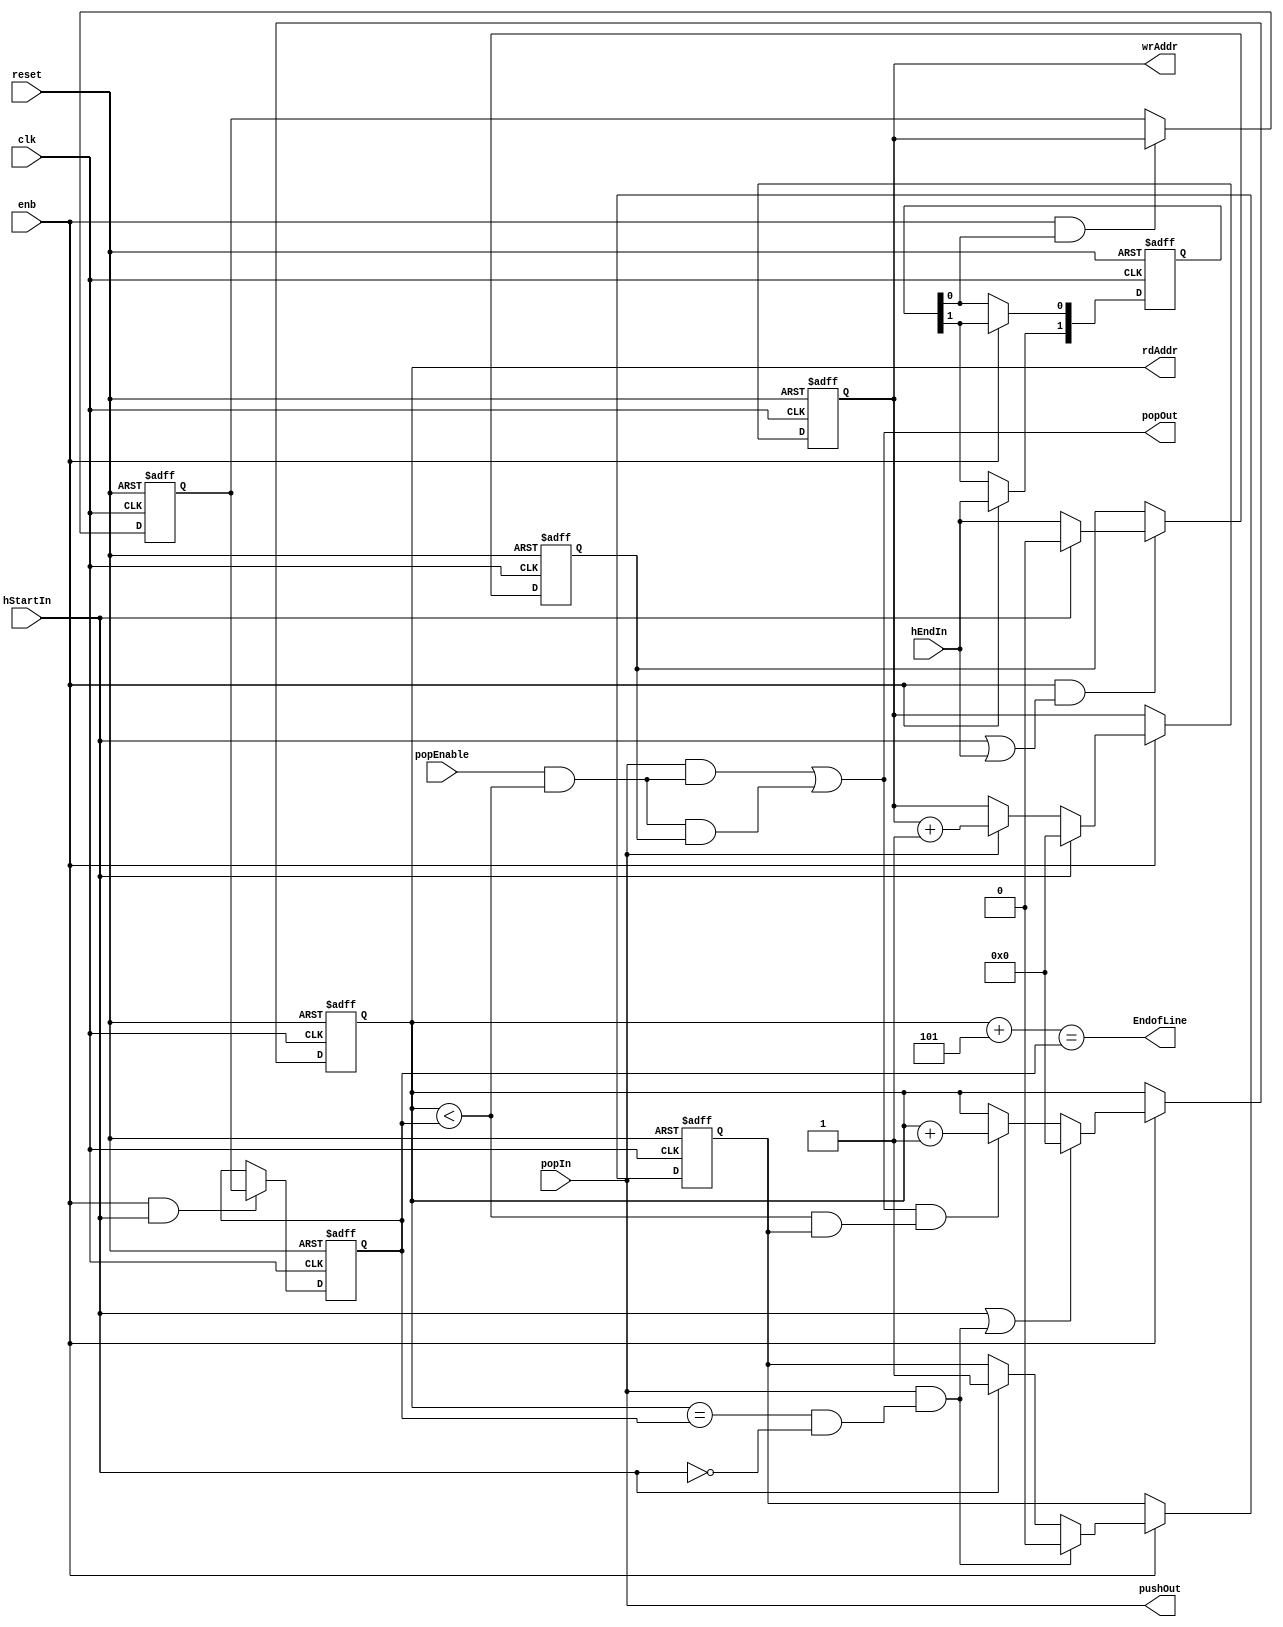
// -------------------------------------------------------------
// 
// 
// Generated by MATLAB 9.13 and HDL Coder 4.0
// 
// -------------------------------------------------------------


// -------------------------------------------------------------
// 
// Module: PushPopCounterOne_block
// Source Path: BlobAnalysisHDL/BlobDetector/CCA_Algorithm/Closing/LineBuffer/DATA_MEMORY/PushPopCounterOne
// Hierarchy Level: 5
// 
// -------------------------------------------------------------

`timescale 1 ns / 1 ns

module PushPopCounterOne_block
          (clk,
           reset,
           enb,
           hStartIn,
           popIn,
           popEnable,
           hEndIn,
           wrAddr,
           pushOut,
           rdAddr,
           popOut,
           EndofLine);


  input   clk;
  input   reset;
  input   enb;
  input   hStartIn;
  input   popIn;
  input   popEnable;
  input   hEndIn;
  output  [10:0] wrAddr;  // ufix11
  output  pushOut;
  output  [10:0] rdAddr;  // ufix11
  output  popOut;
  output  EndofLine;


  reg [10:0] writeCount;  // ufix11
  reg  [0:1] intdelay_reg;  // ufix1 [2]
  wire [0:1] intdelay_reg_next;  // ufix1 [2]
  wire writeStoreEn;
  reg [10:0] writeCountNext;  // ufix11
  reg [10:0] writeCountCurrent;  // ufix11
  wire readReset;
  wire InBetweenEn;
  wire ConstantZero;
  wire InBetweenRegIn;
  reg  InBetween;
  wire readCountCompare;
  wire popTerm2;
  wire relop_relop1;
  wire popTerm1;
  wire popCounter;
  wire readReset_1;
  reg  readPop;
  reg [10:0] readCount;  // ufix11
  wire popcountless;
  wire relop_relop1_1;
  wire startOrEnd;
  wire [10:0] constantTwo;  // ufix11
  wire [10:0] readCountAhead;  // ufix11
  wire relop_relop1_2;


  // Free running, Unsigned Counter
  //  initial value   = 0
  //  step value      = 1
  always @(posedge clk or posedge reset)
    begin : Write_Count_process
      if (reset == 1'b1) begin
        writeCount <= 11'b00000000000;
      end
      else begin
        if (enb) begin
          if (hStartIn == 1'b1) begin
            writeCount <= 11'b00000000000;
          end
          else if (popIn == 1'b1) begin
            writeCount <= writeCount + 11'b00000000001;
          end
        end
      end
    end



  assign wrAddr = writeCount;

  assign pushOut = popIn;

  always @(posedge clk or posedge reset)
    begin : intdelay_process
      if (reset == 1'b1) begin
        intdelay_reg[0] <= 1'b0;
        intdelay_reg[1] <= 1'b0;
      end
      else begin
        if (enb) begin
          intdelay_reg[0] <= intdelay_reg_next[0];
          intdelay_reg[1] <= intdelay_reg_next[1];
        end
      end
    end

  assign writeStoreEn = intdelay_reg[1];
  assign intdelay_reg_next[0] = hEndIn;
  assign intdelay_reg_next[1] = intdelay_reg[0];



  always @(posedge clk or posedge reset)
    begin : reg_rsvd_process
      if (reset == 1'b1) begin
        writeCountNext <= 11'b00000000000;
      end
      else begin
        if (enb && writeStoreEn) begin
          writeCountNext <= writeCount;
        end
      end
    end



  always @(posedge clk or posedge reset)
    begin : reg_rsvd_1_process
      if (reset == 1'b1) begin
        writeCountCurrent <= 11'b00000000000;
      end
      else begin
        if (enb && hStartIn) begin
          writeCountCurrent <= writeCountNext;
        end
      end
    end



  assign readReset =  ~ hStartIn;



  assign InBetweenEn = hStartIn | hEndIn;



  assign ConstantZero = 1'b0;



  assign InBetweenRegIn = (hStartIn == 1'b0 ? hEndIn :
              ConstantZero);



  always @(posedge clk or posedge reset)
    begin : reg_rsvd_2_process
      if (reset == 1'b1) begin
        InBetween <= 1'b0;
      end
      else begin
        if (enb && InBetweenEn) begin
          InBetween <= InBetweenRegIn;
        end
      end
    end



  assign popTerm2 = readCountCompare & InBetween;



  assign readCountCompare = popEnable & relop_relop1;



  assign popTerm1 = popIn & readCountCompare;



  assign popCounter = popTerm1 | popTerm2;



  always @(posedge clk or posedge reset)
    begin : readResetREG_process
      if (reset == 1'b1) begin
        readPop <= 1'b0;
      end
      else begin
        if (enb) begin
          if (readReset_1 == 1'b1) begin
            readPop <= 1'b0;
          end
          else begin
            if (hStartIn) begin
              readPop <= hStartIn;
            end
          end
        end
      end
    end



  assign relop_relop1 = readCount < writeCountCurrent;



  assign popcountless = popCounter & (relop_relop1 & readPop);



  assign relop_relop1_1 = readCount == writeCountCurrent;



  assign readReset_1 = popIn & (relop_relop1_1 & readReset);



  assign startOrEnd = hStartIn | readReset_1;



  // Free running, Unsigned Counter
  //  initial value   = 0
  //  step value      = 1
  always @(posedge clk or posedge reset)
    begin : Read_Count_process
      if (reset == 1'b1) begin
        readCount <= 11'b00000000000;
      end
      else begin
        if (enb) begin
          if (startOrEnd == 1'b1) begin
            readCount <= 11'b00000000000;
          end
          else if (popcountless == 1'b1) begin
            readCount <= readCount + 11'b00000000001;
          end
        end
      end
    end



  assign rdAddr = readCount;

  assign popOut = popCounter;

  assign constantTwo = 11'b00000000101;



  assign readCountAhead = readCount + constantTwo;



  assign relop_relop1_2 = readCountAhead == writeCountCurrent;



  assign EndofLine = relop_relop1_2;

endmodule  // PushPopCounterOne_block